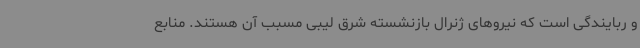
و ربایندگی است که نیروهای ژنرال بازنشسته شرق لیبی مسبب آن هستند. منابع